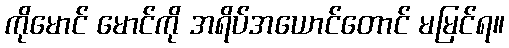
ကိုမောင် မောင်ကို အရိပ်အယောင်တောင် မမြင်ရ။